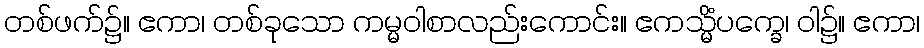
တစ်ဖက်၌။ ဧကာ၊ တစ်ခုသော ကမ္မဝါစာလည်းကောင်း။ ဧကသ္မိံပက္ခေ၊ ဝါ၌။ ဧကာ၊